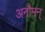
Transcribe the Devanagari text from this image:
अनौमन्